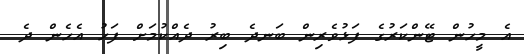
އެ މީހުން ޓޭންކަރުގެ ފަޅުވެރިން ބަނދެ ބިރު ދެއްކުމަށް ފަހު އެހެން ދެ